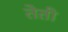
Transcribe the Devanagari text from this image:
तेती